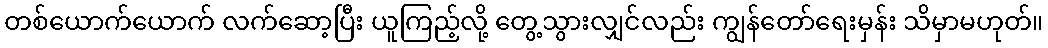
တစ်ယောက်ယောက် လက်ဆော့ပြီး ယူကြည့်လို့ တွေ့သွားလျှင်လည်း ကျွန်တော်ရေးမှန်း သိမှာမဟုတ်။